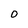
Character: 0